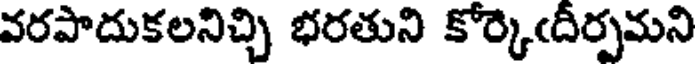
వరపాదుకలనిచ్చి భరతుని కోర్కెఁదీర్పమని